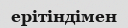
ерітіндімен